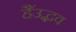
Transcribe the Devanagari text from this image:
हैंउद्भव